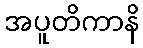
အပူတိကာနိ